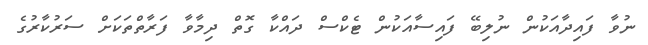
ނުވާ ފައިދާއަކުން ނުލިބޭ ފައިސާއަކުން ޓެކްސް ދައްކާ ގޮތް ދިމާވާ ފަރާތްތަކަށް ސަރުކާރުގެ